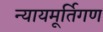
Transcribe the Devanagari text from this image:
न्यायमूर्तिगण